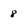
Character: 8